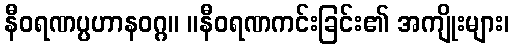
နီဝရဏပ္ပဟာနဝဂ္ဂ။ ။နီဝရဏကင်းခြင်း၏ အကျိုးများ၊